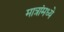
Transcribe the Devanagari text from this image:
मात्रांमध्ये